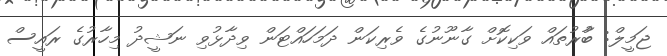
ޖަމީލް: ބާުރުތައް ވަކިކޮށް ގާނޫނުގެ ވެރިކަން ދަމަހައްޓަން ވިދާޅުވި ނަޝީދު މިހާރުގެ ރައީސް